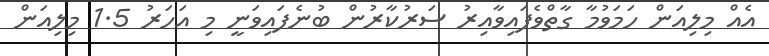
އެއް މިލިއަން ހަމަވުމާ ގާތްވެފައިވާއިރު ސަރުކާރުން ބުނެފައިވަނީ މި އަހަރު 1.5 މިލިއަން